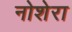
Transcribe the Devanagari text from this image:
नोशेरा